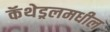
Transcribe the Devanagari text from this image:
कॅथेड्रलमधील